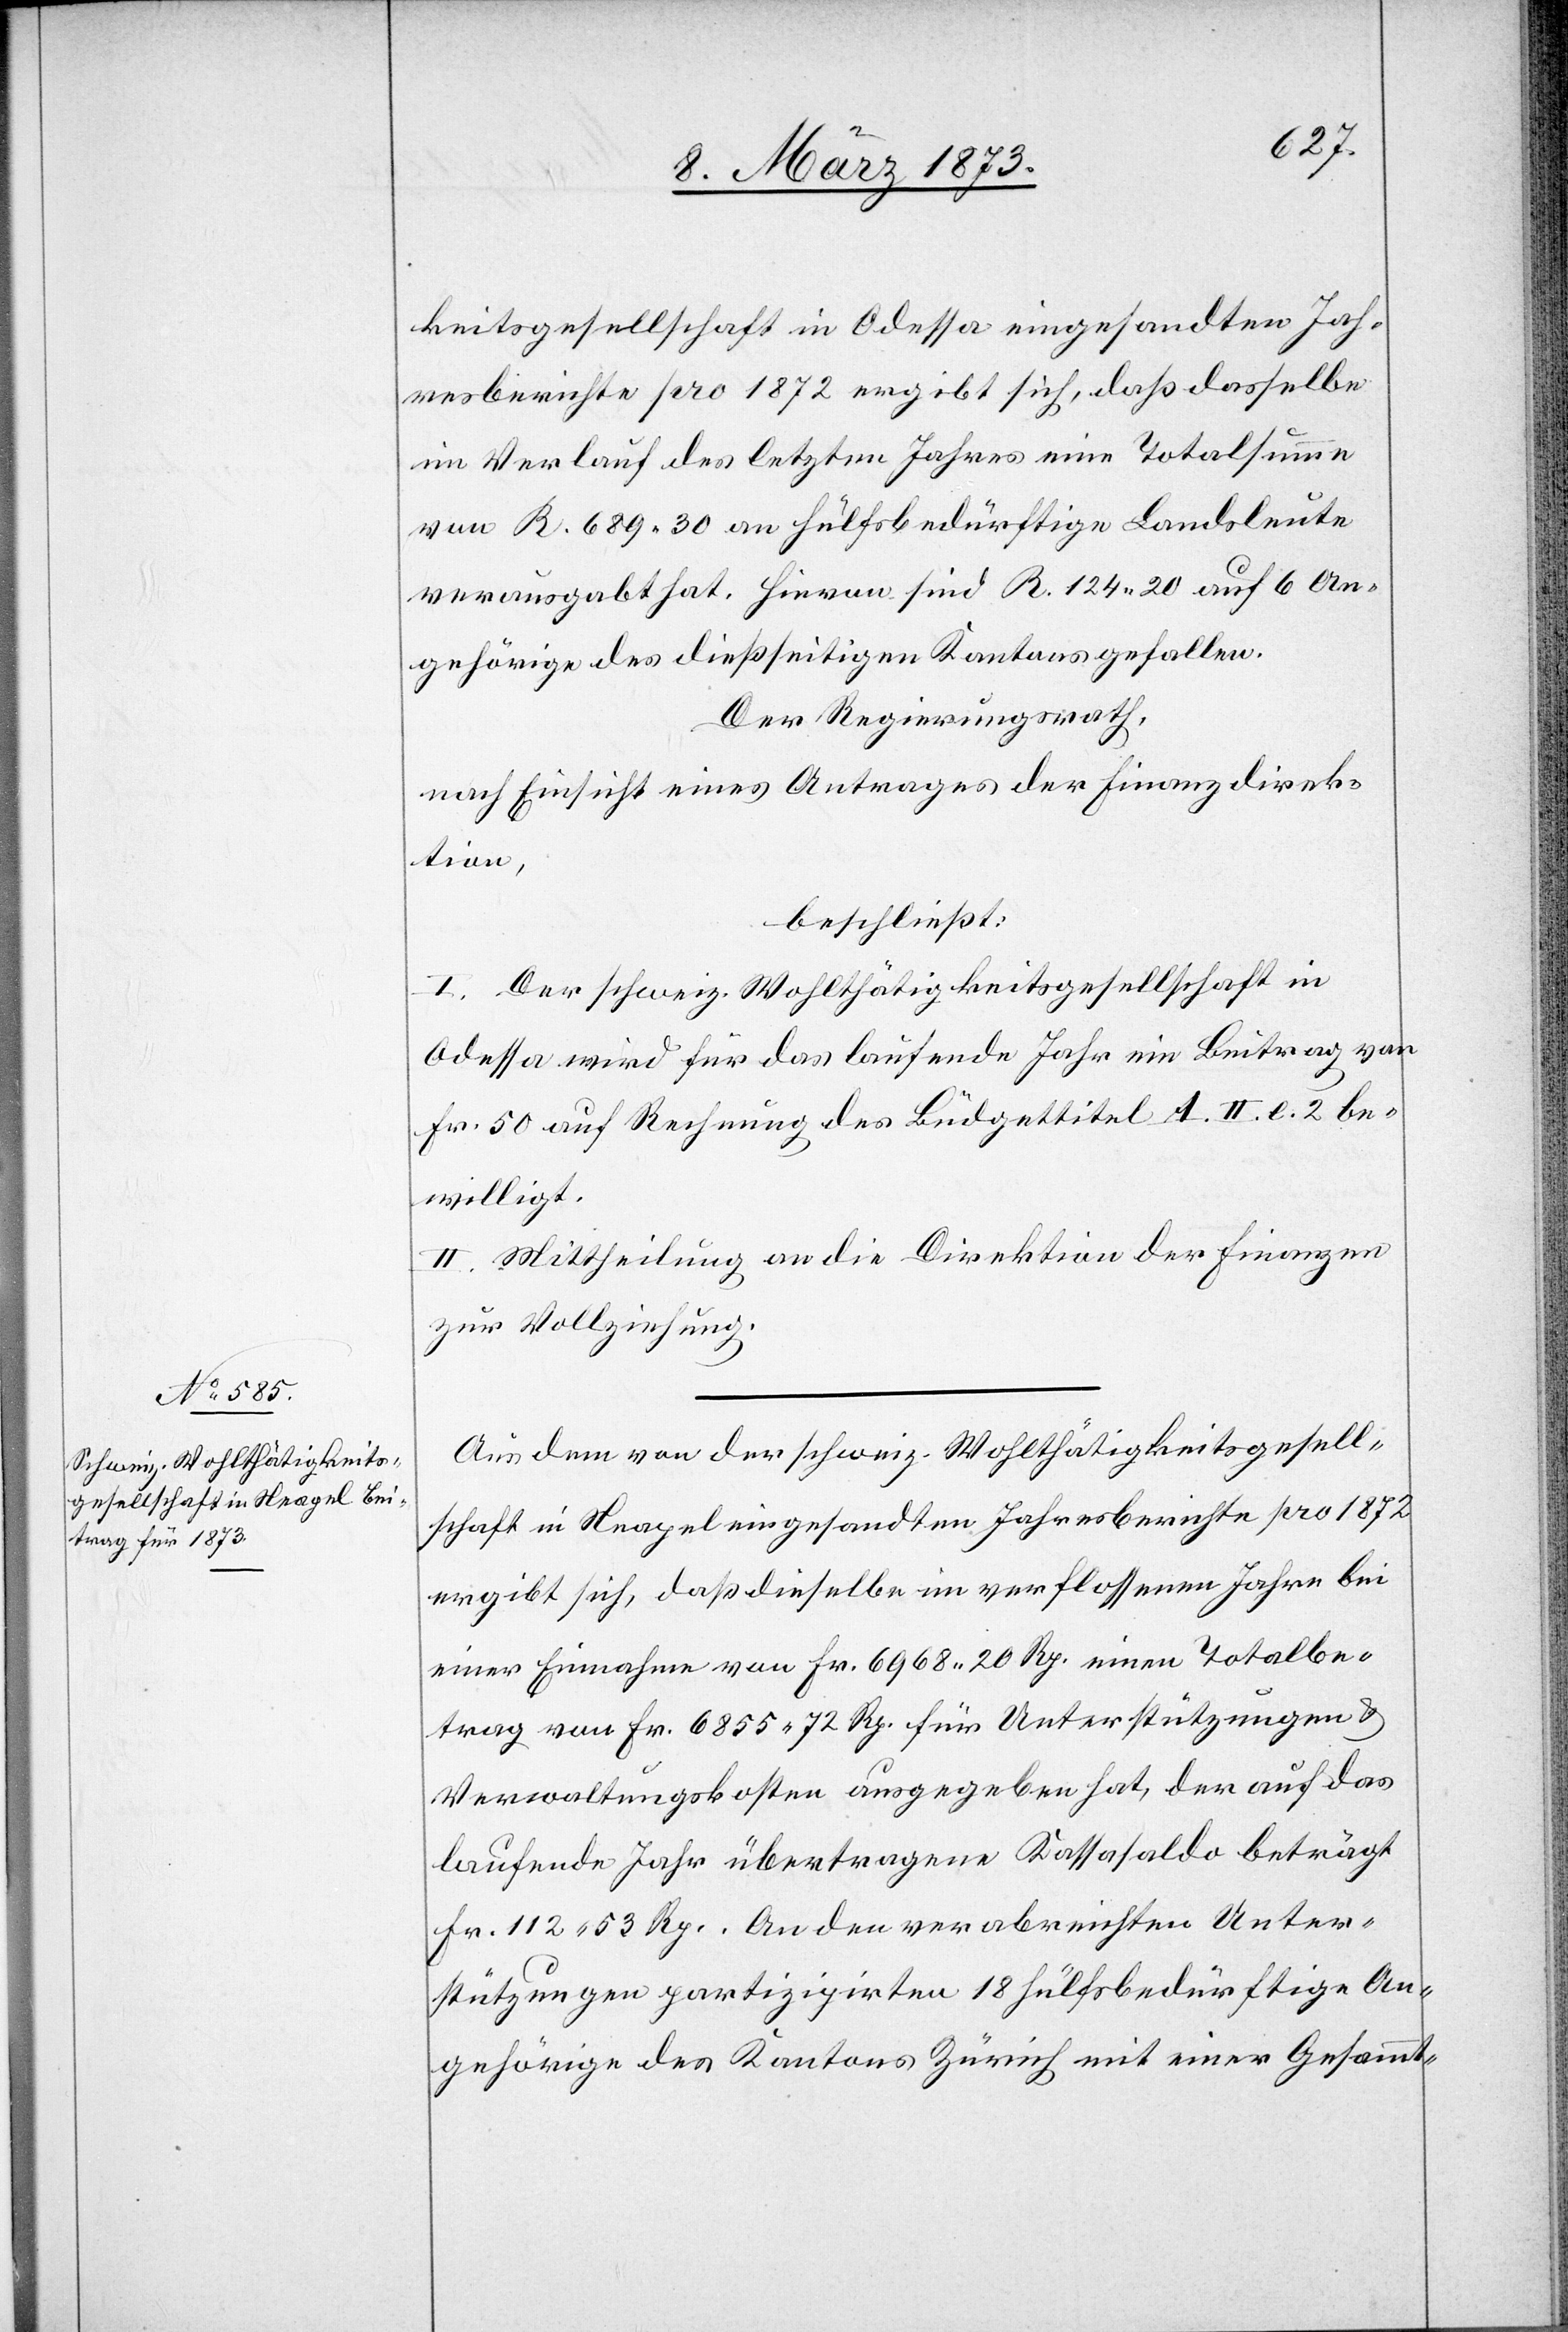
keitsgesellschaft in Odessa eingesandten Jah¬
resberichte pro 1872 ergibt sich, daß dasselbe
im Verlauf des letzten Jahres eine Totalsumme
von R. 6889. 30 an Hülfsbedürftige Landsleute
verausgabt hat. Hievon sind R. 124. 20 auf 6 An¬
gehörige des dießseitigen Kantons gefallen.
Der Regierungsrath,
nach Einsicht eines Antrages der Finanzdirek¬
tion,
beschließt:
I. Der schweiz. Wohlthätigkeitsgesellschaft in
Odessa wird für das laufende Jahr ein Beitrag von
Fr. 50 auf Rechnung des Budgettitel A. II. l. 2 be¬
willigt.
II. Mittheilung an die Direktion der Finanzen
zur Vollziehung.
Aus dem von der schweiz. Wohlthätigkeitsgesell¬
schaft in Neapel eingesandten Jahresberichte pro 1872
ergibt sich, daß dieselbe im verflossenen Jahre bei
einer Einnahme von Fr. 6968. 20 Rp. einen Totalbe¬
trag von Fr. 6855. 72 Rp. für Unterstützungen u.
Verwaltungskosten ausgegeben hat, der auf das
laufende Jahr übertragene Kassasaldo beträgt
Fr. 112. 53 Rp. An den verabreichten Unter¬
stützungen partizipirten 18 Hülfsbedürftige An¬
gehörige des Kantons Zürich mit einer Gesammt-